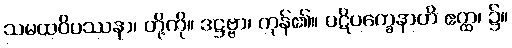
သမထဝိပဿနာ၊ တို့ကို။ ဒဋ္ဌဗ္ဗာ၊ ကုန်၏။ ပဋိပက္ခေနာတိ ဧတ္ထ၊ ၌။